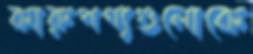
কারুপণ্যগুলোকে